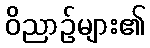
ဝိညာဉ်များ၏